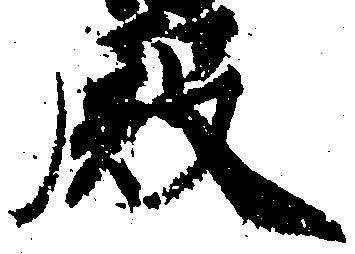
殿